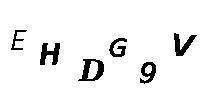
EHDG9V